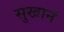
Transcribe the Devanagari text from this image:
सुखानं